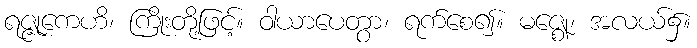
ရဇ္ဇုကေဟိ၊ ကြိုးတို့ဖြင့်။ ဝါယာပေတွာ၊ ရက်စေ၍။ မဇ္ဈေ၊ အလယ်၌။